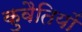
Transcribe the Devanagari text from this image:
कुवैतियों